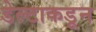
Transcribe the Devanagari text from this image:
डेल्टाकडून